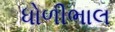
ધોળીભાલ